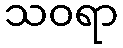
သဝရာ